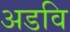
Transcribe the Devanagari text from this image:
अडवि